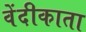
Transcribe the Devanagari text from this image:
वेंदीकाता